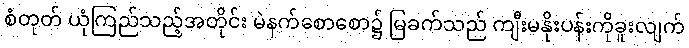
စံတုတ် ယုံကြည်သည့်အတိုင်း မဲနက်စောစော၌ မြခက်သည် ကျီးမနိုးပန်းကိုခူးလျက်